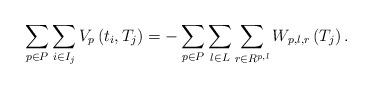
LaTeX: \begin{align*}\sum_{p\in P}\sum_{i\in I_{j}}V_{p}\left(t_{i},T_{j}\right)=-\sum_{p\in P}\sum_{l\in L}\sum_{r\in R^{p,l}}W_{p,l,r}\left(T_{j}\right).\end{align*}